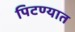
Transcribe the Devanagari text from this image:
पिटण्यात